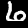
Digit: 6